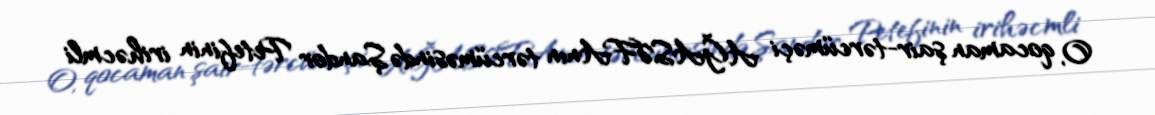
O, qocaman şair-tərcüməçi AĞASƏFAnın tərcüməsində Şandor Petefinin irihəcmli